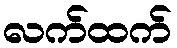
လက်ထက်